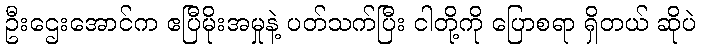
ဦးဌေးအောင်က ဧပြီမိုးအမှုနဲ့ ပတ်သက်ပြီး ငါတို့ကို ပြောစရာ ရှိတယ် ဆိုပဲ